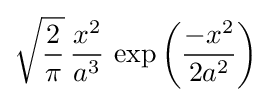
{\sqrt {\frac {2}{\pi }}}\,{\frac {x^{2}}{a^{3}}}\,\exp \left({\frac {-x^{2}}{2a^{2}}}\right)